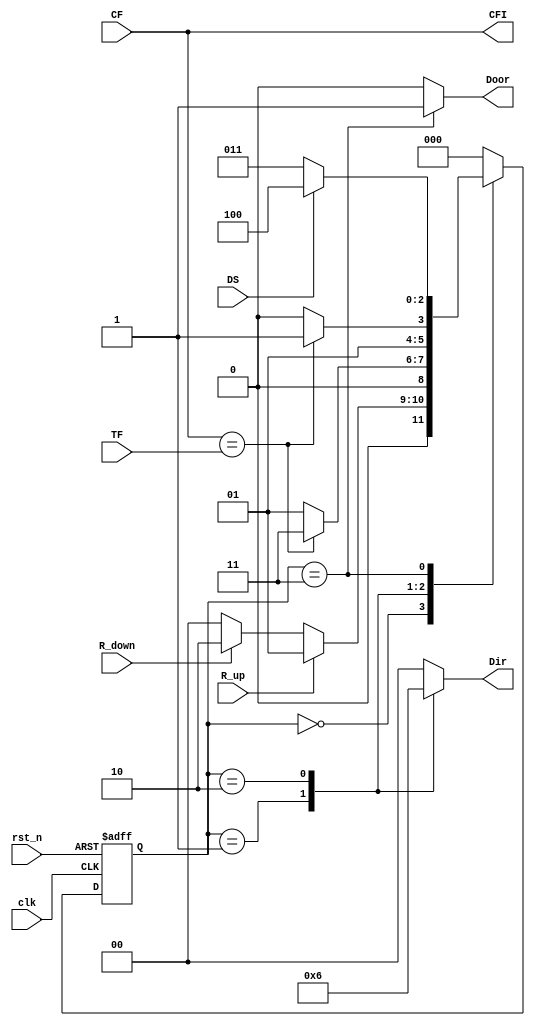
module elevator_control (
    input wire clk,
    input wire rst_n,
    input wire R_up,
    input wire R_down,
    input wire [2:0] CF, // Current Floor (3 bits to support up to 8 floors)
    input wire [2:0] TF, // Target Floor (3 bits)
    input wire DS,       // Door Sensor (1: open, 0: closed)
    output reg [1:0] Dir, // Direction: 00 - stationary, 01 - up, 10 - down
    output reg Door,      // Door control: 1 - open, 0 - closed
    output reg [2:0] CFI  // Current Floor Indicator
);

// State Encoding
parameter S0_IDLE      = 3'b000; // Idle State
parameter S1_MOVING_UP = 3'b001; // Moving Up State
parameter S2_MOVING_DOWN = 3'b010; // Moving Down State
parameter S3_DOOR_OPEN = 3'b011; // Door Open State
parameter S4_DOOR_CLOSE = 3'b100; // Door Close State

reg [2:0] state, next_state;

// State Transition Logic
always @(*) begin
    case(state)
        S0_IDLE: begin
            if (R_up) 
                next_state = S1_MOVING_UP;
            else if (R_down) 
                next_state = S2_MOVING_DOWN;
            else 
                next_state = S0_IDLE;
        end
        
        S1_MOVING_UP: begin
            if (CF == TF)
                next_state = S3_DOOR_OPEN;
            else 
                next_state = S1_MOVING_UP;
        end
        
        S2_MOVING_DOWN: begin
            if (CF == TF)
                next_state = S3_DOOR_OPEN;
            else 
                next_state = S2_MOVING_DOWN;
        end
        
        S3_DOOR_OPEN: begin
            if (DS) // Wait for doors to close
                next_state = S4_DOOR_CLOSE;
            else 
                next_state = S3_DOOR_OPEN;
        end
        
        S4_DOOR_CLOSE: begin
            next_state = S0_IDLE; // After doors close, return to Idle
        end
        
        default: next_state = S0_IDLE; // Default state
    endcase
end

// State Update Logic
always @(posedge clk or negedge rst_n) begin
    if (!rst_n)
        state <= S0_IDLE; // Reset to Idle state
    else
        state <= next_state;
end

// Output Logic
always @(*) begin
    // Default outputs
    Dir = 2'b00; // Stationary
    Door = 0;    // Door is closed
    CFI = CF;    // Current Floor Indicator shows current floor

    case(state)
        S0_IDLE: begin
            Dir = 2'b00; // Stationary
            Door = 0;    // Door is closed
        end
        
        S1_MOVING_UP: begin
            Dir = 2'b01; // Move up
            Door = 0;    // Door is closed
        end
        
        S2_MOVING_DOWN: begin
            Dir = 2'b10; // Move down
            Door = 0;    // Door is closed
        end
        
        S3_DOOR_OPEN: begin
            Dir = 2'b00; // Stationary
            Door = 1;    // Door is open
        end
        
        S4_DOOR_CLOSE: begin
            Dir = 2'b00; // Stationary
            Door = 0;    // Door is closing
        end
        
        default: begin
            Dir = 2'b00; // Default to stationary
            Door = 0;    // Door is closed
        end
    endcase
end

endmodule